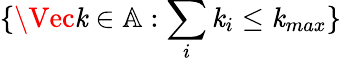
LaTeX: \{ \Vec{\mathit{k}}\in\mathbb{{A}}:\sum_{i}\mathit{k}_{i}\leq\mathit{k}_{max}\}